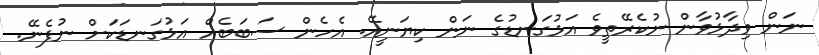
ނަން ވިދާޅުވާން ނުކެރޭތީވެ އަޅުގަނޑުގެ ނަން ކިޔަނީއޭ. އެހެން ސަބަބެއް އަޅުގަނޑަކަށް ނުފެނޭ.